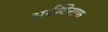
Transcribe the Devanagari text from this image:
अर्दविराफ